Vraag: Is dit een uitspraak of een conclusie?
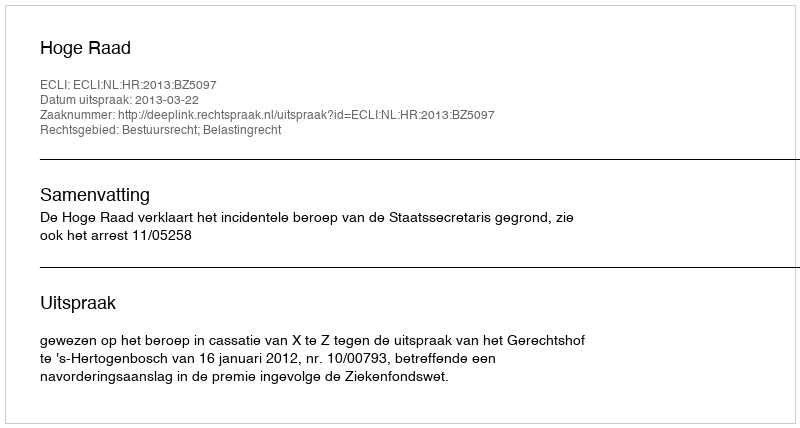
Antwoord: Uitspraak